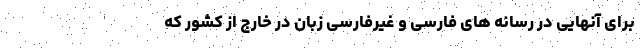
برای آنهایی در رسانه های فارسی و غیرفارسی زبان در خارج از کشور که